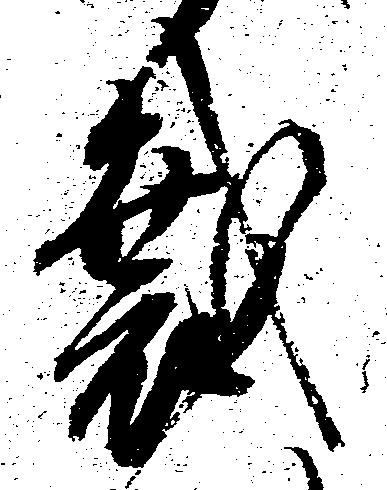
裁